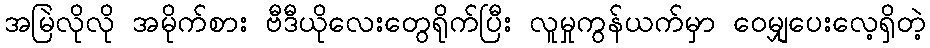
အမြဲလိုလို အမိုက်စား ဗီဒီယိုလေးတွေရိုက်ပြီး လူမှုကွန်ယက်မှာ ဝေမျှပေးလေ့ရှိတဲ့